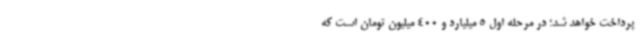
پرداخت خواهد شد؛ در مرحله اول 5 میلیارد و 400 میلیون تومان است که